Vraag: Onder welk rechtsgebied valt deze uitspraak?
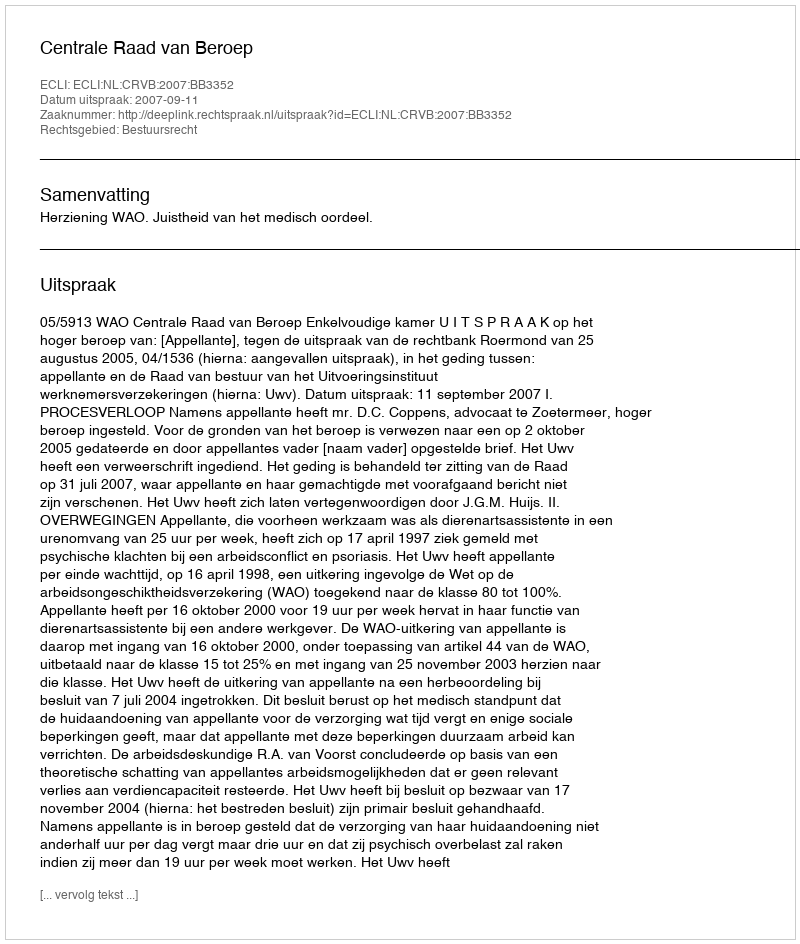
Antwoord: Bestuursrecht